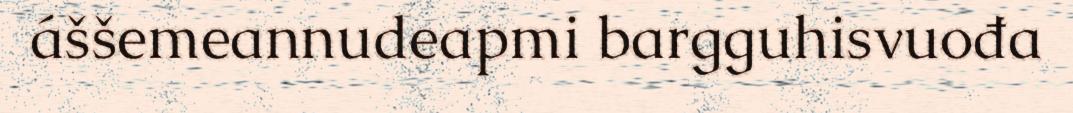
áššemeannudeapmi bargguhisvuođa